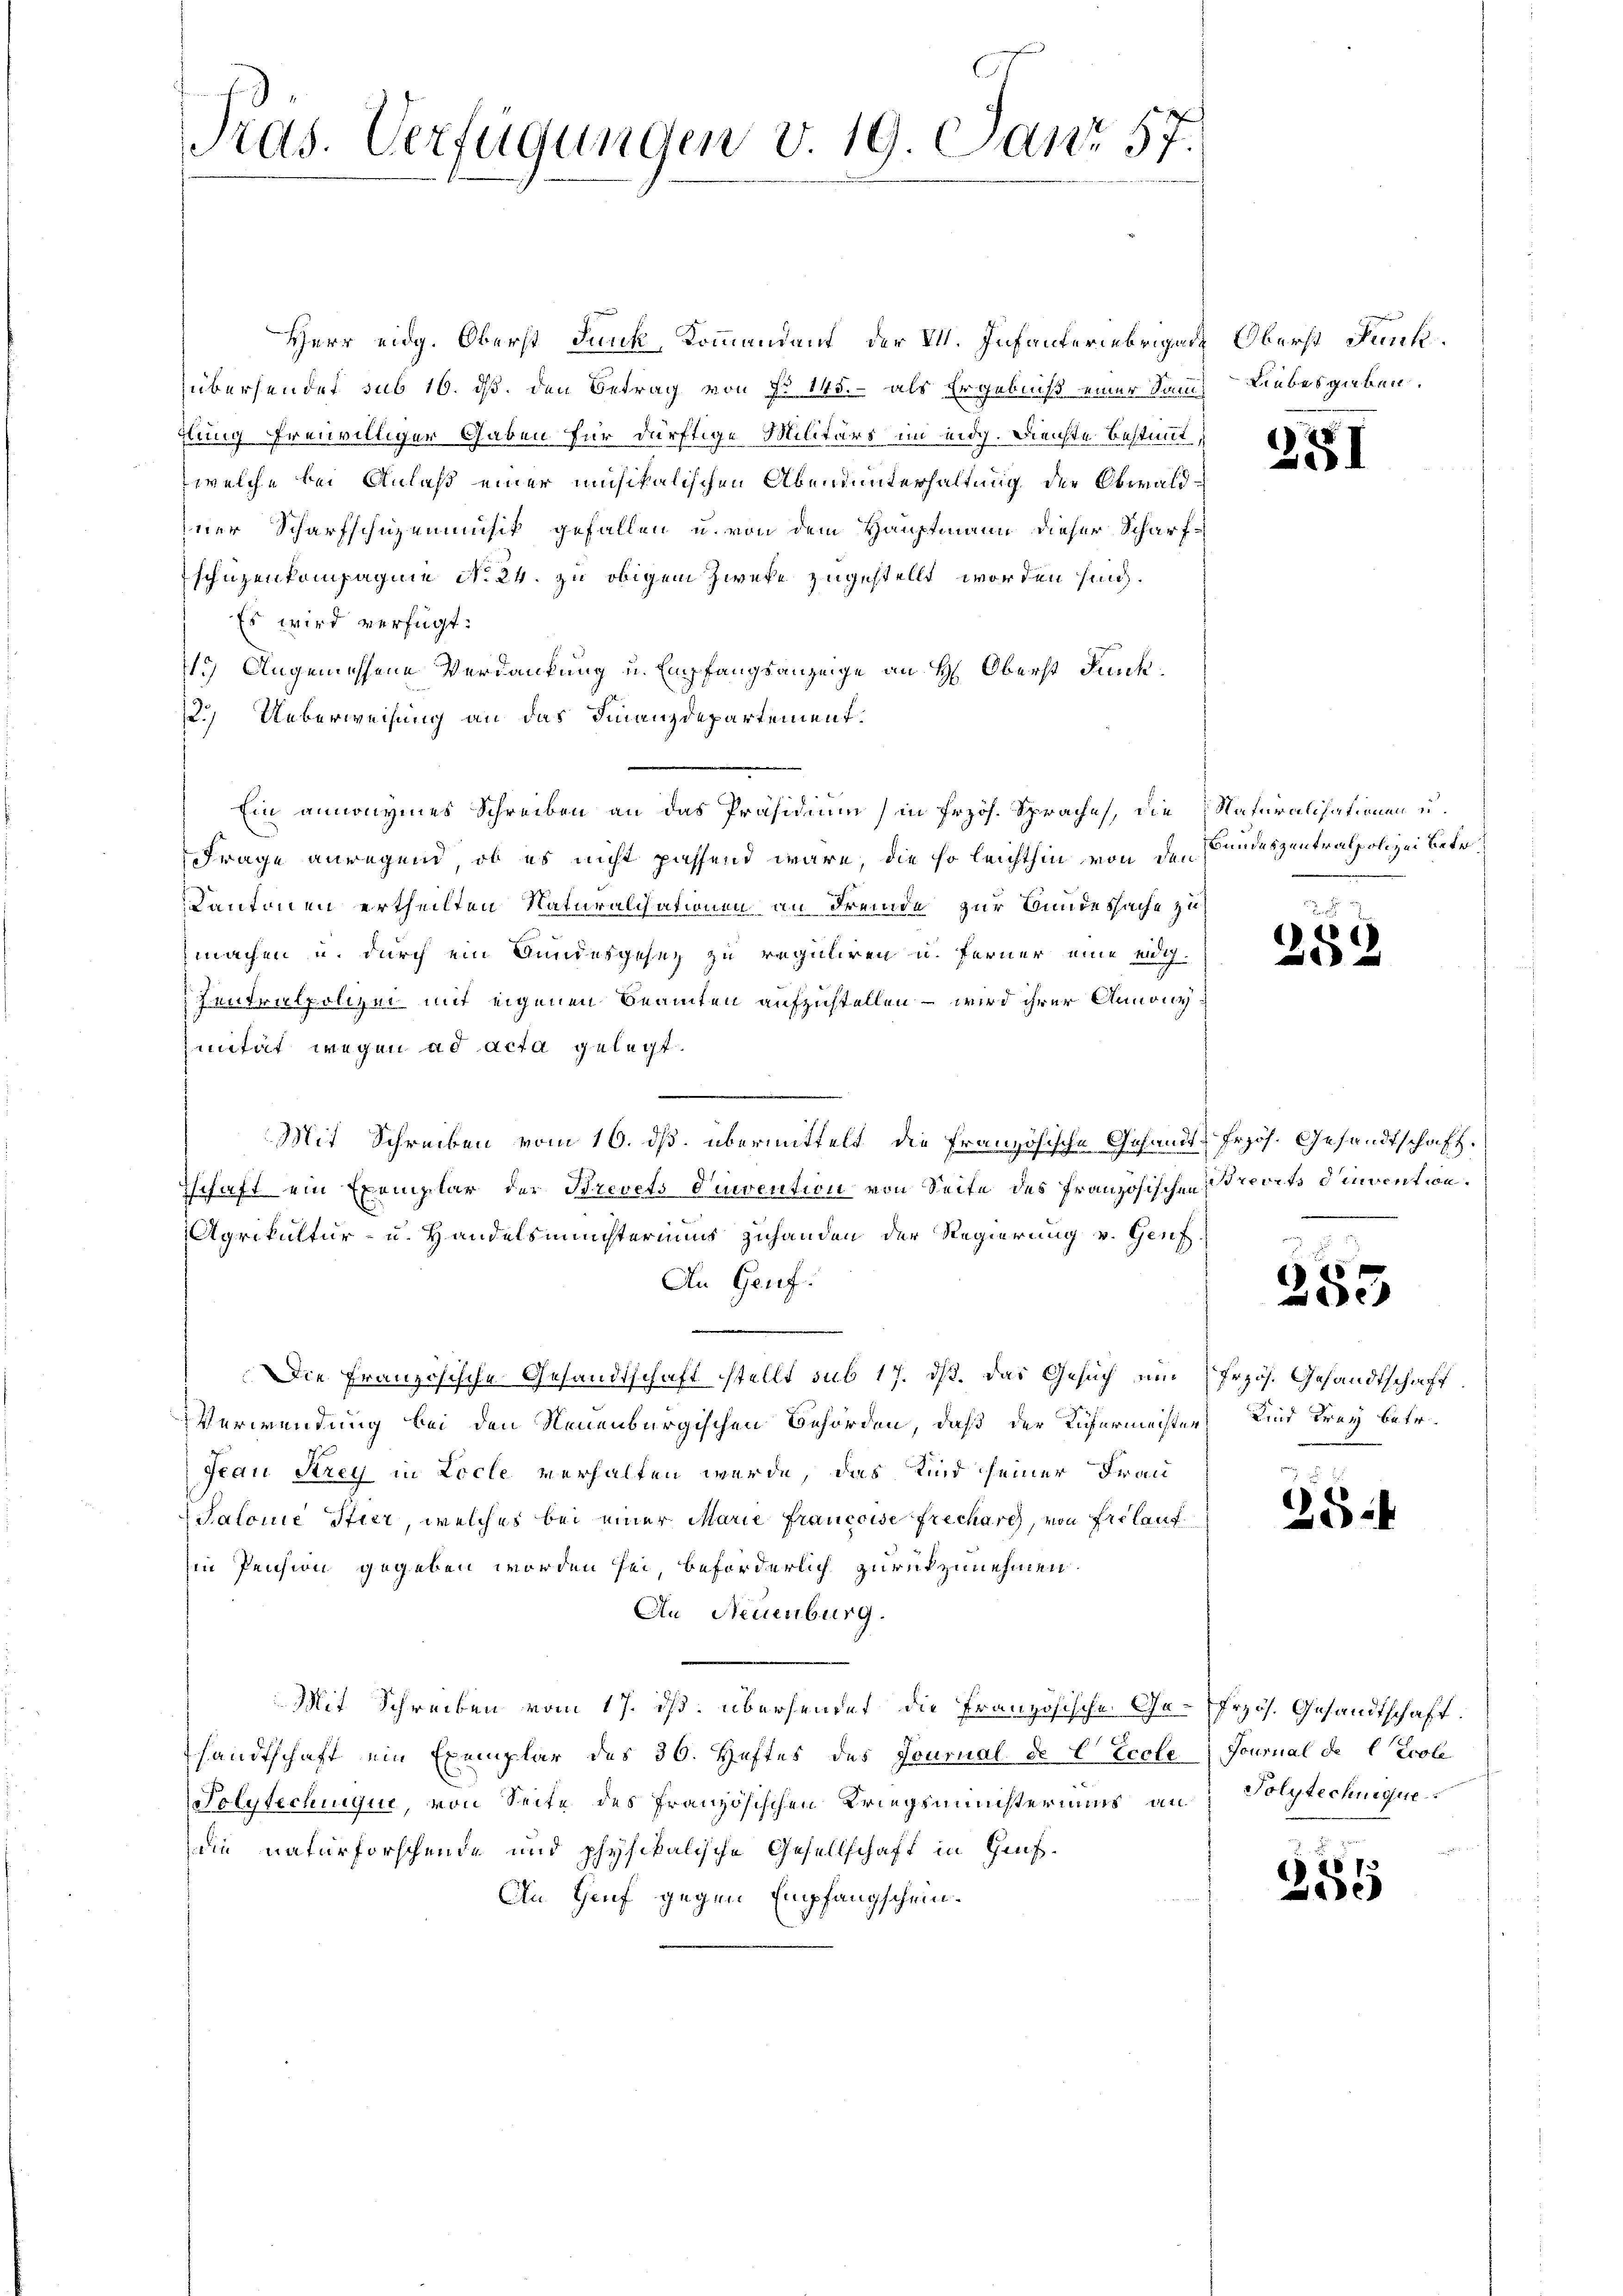
Herr eidg. Oberst dunk, Kommandant, der VI. Infanter übriger Oberst Funkübersendet sub 16. ds. den Betrag von § 155. als Ergebniß einer San Liebesgieben.
dlung freiwilliger Gaben für dürftige Militärs im eidg. Dienste bestimmt,
welche bei Anlaß einer musikalischen Abendunterhaltung der Obwaldiner Scharfschuzemmnisit gefallen u. von dem Hauptmann dieser Scharfschüzenkompagnie No. 24. zu obigem Zwecke zugestellt worden sind.
Es wird verfügt:
1.) Angemessene Verdankung u. Empfangsanzeige an H. Oberst dunk¬
2.) Ueberweisung an das Finanzdepartement.
Ein annonymnes Schreiben an das Präsidium (in Frzös. Sprache, die Naturalisationen u.
Frage anregend, ob es nicht passend wäre, die so leichthin von den Bundeszentralpolizei Betr.
Kantonen ertheilten Naturalisationen an Fremde zur Bundessache zu
machen u. durch ein Gundesgesez zu reguliren u. ferner eine eig
Zentralpolizei mit eigenen Beamten aufzustellen – wird ihrer Annonynität wegen ad acta gelegt.

Mit Schreiben vom 16. ds. übermittelt die Französische Gesandt-frzös. Gesandtschaft.
dschaft ein Exemplar der Brevets Dinvention von Seite des Französischen revets d’invention.
Agrikultur- u. Handelsministeriums zuhanden der Regierung v. Genf
An Genf.
Die Französische Gesandtschaft stellt sub 17. dß. Das Gesuch um Erzös. Gesandtschaft
Verwendung bei den Neuenburgischen Behörden, daß der Küfermeisten Kind Frey betr.
Frau Strey in Locle verhalten werde, das Kind seiner Frau
Salone Stier, welches bei einer Marie francoise frecharch, von Fielauf
in Pension gegeben worden sei, beförderlich zurückzunehmen.
An Neuenburg.
Mit Schreiben vom 17. ds. übersendet, die Französische Ge- rzös. Gesandtschaft.
sandtschaft ein Exemplar des 36. Heftes des Journal de C Eccle Journal de l Ecole
Polytechnique, von Seite des französischen Kriegsministeriums an Polytechnique
die naturforschende und physikalische Gesellschaft in Gens¬
An Genf gegen Empfangschein¬

Pras. Verfügungen v. 19. Janr 57.

351

259

)

28

do 7.
2